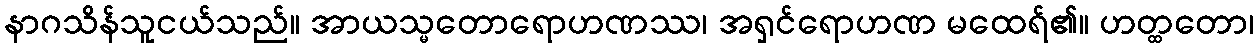
နာဂသိန်သူငယ်သည်။ အာယသ္မတောရောဟဏဿ၊ အရှင်ရောဟဏ မထေရ်၏။ ဟတ္ထတော၊